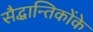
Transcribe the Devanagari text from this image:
सैद्धान्तिकोंके